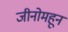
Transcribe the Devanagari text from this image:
जीनोमहून